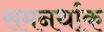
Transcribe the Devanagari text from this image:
समनर्थाक